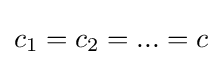
c_{1}=c_{2}=...=c